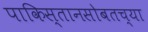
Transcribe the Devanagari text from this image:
पाकिस्तानसोबतच्या